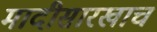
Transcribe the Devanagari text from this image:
मादीसारखाच